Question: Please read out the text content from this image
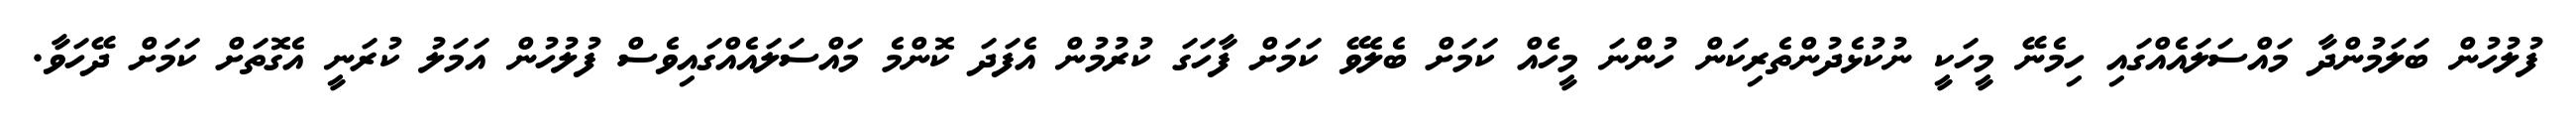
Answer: ފުލުހުން ބަލަމުންދާ މައްސަލައެއްގައި ހިމެނޭ މީހަކީ ނުކުޅެދުންތެރިކަން ހުންނަ މީހެއް ކަމަށް ބެލެވޭ ކަމަށް ފާހަގަ ކުރުމުން އެފަދަ ކޮންމެ މައްސަލައެއްގައިވެސް ފުލުހުން އަމަލު ކުރަނީ އެގޮތަށް ކަމަށް ދޭހަވާ.